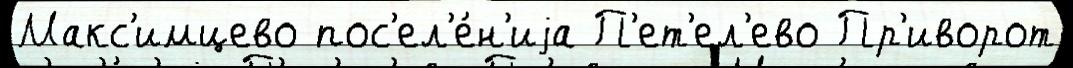
Макс'имцево пос'ел'е́н'иjа П'ет'ел'ево Пр'иворот